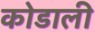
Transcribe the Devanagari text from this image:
कोडाली